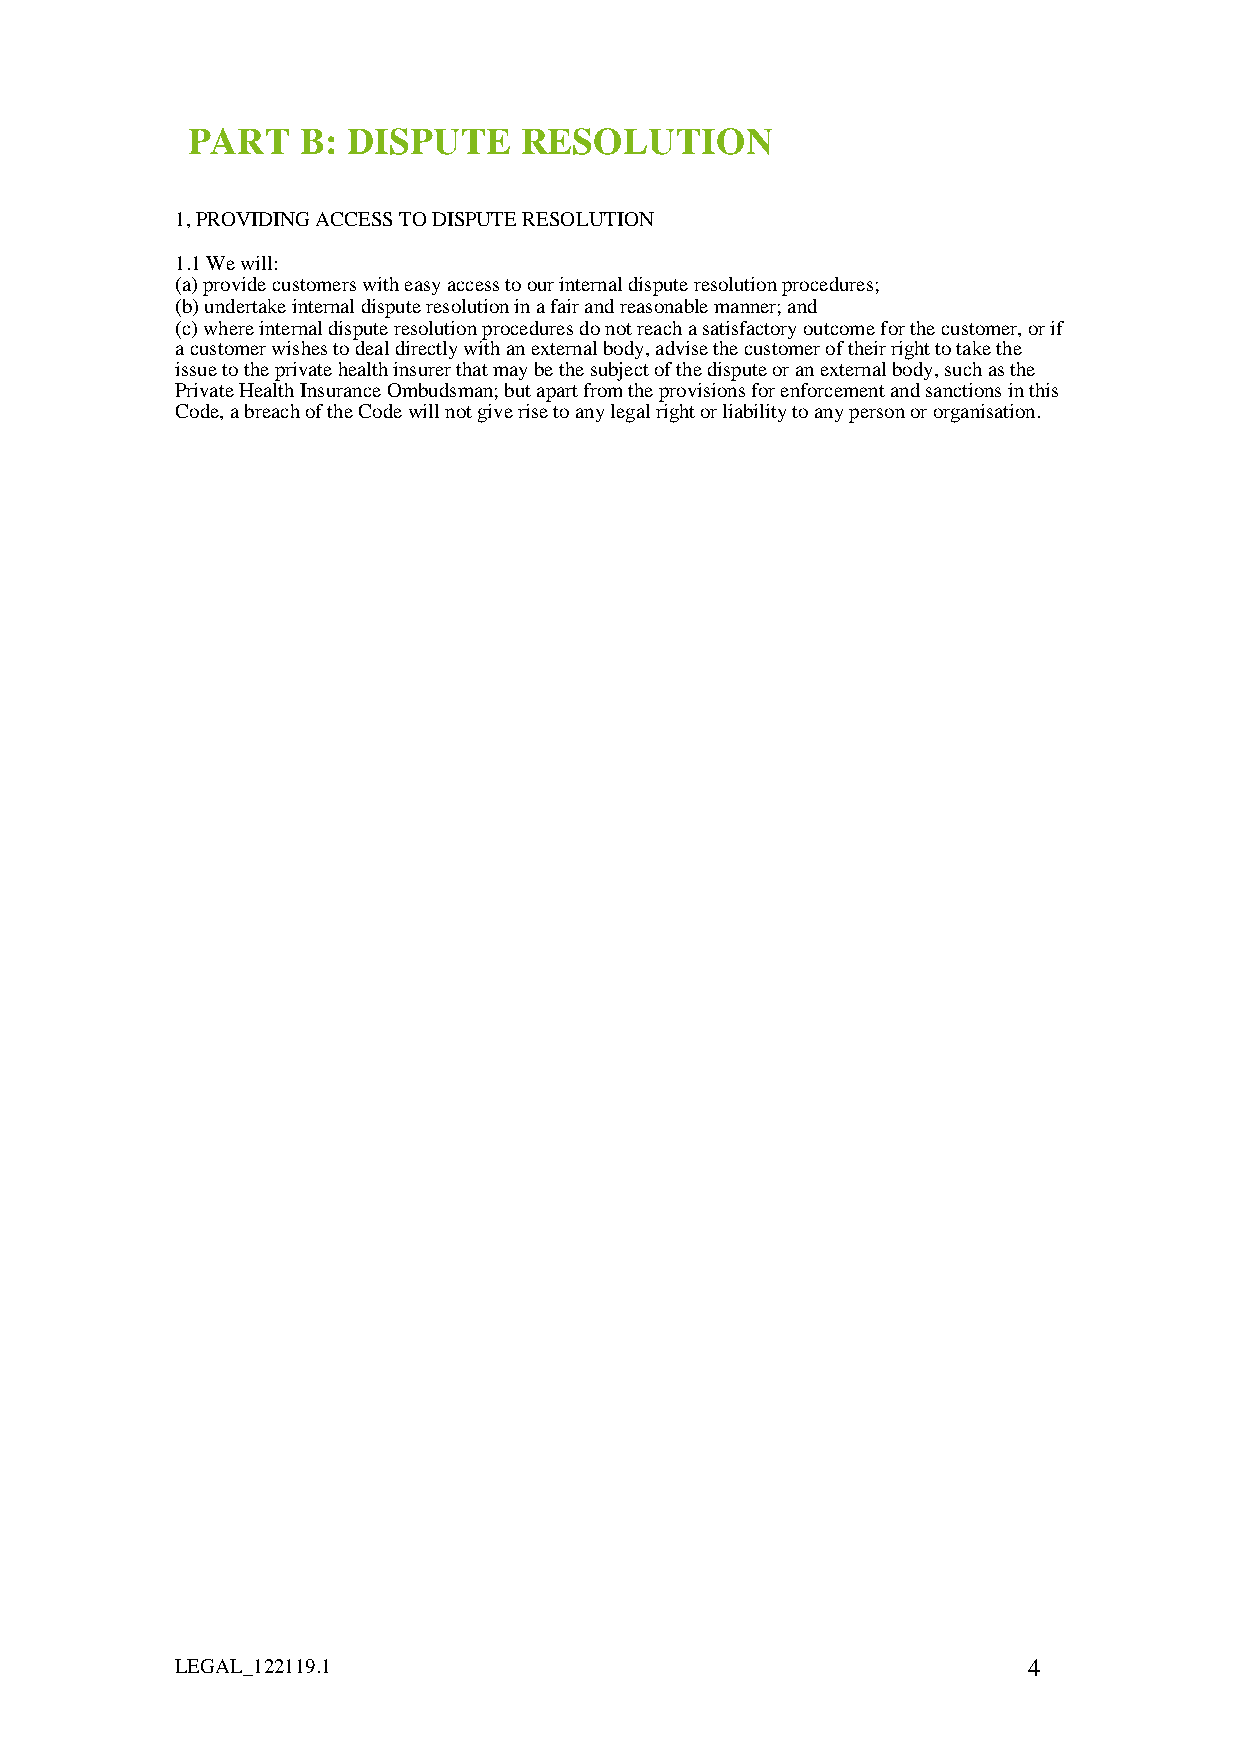
PART    B: DISPUTE    RESOLUTION
 1, PROVIDING ACCESS TO DISPUTE RESOLUTION
 1.1 We will:
 (a) provide customers with easy access to our internal dispute resolution procedures;
 (b) undertake internal dispute resolution in a fair and reasonable manner; and
 (c) where internal dispute resolution procedures do not reach a satisfactory outcome for the customer, or if
 a customer wishes to deal directly with an external body, advise the customer of their right to take the
 issue to the private health insurer that may be the subject of the dispute or an external body, such as the
 Private Health Insurance Ombudsman; but apart from the provisions for enforcement and sanctions in this
 Code, a breach of the Code will not give rise to any legal right or liability to any person or organisation.
 LEGAL_122119.1                                          4